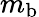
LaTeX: m_{\mathrm{b}}